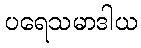
ပရေသမာဒါယ